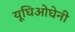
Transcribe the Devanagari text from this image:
यूघिओघेनी